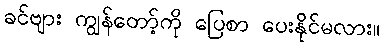
ခင်ဗျား ကျွန်တော့်ကို ပြေစာ ပေးနိုင်မလား။